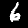
Label: 6